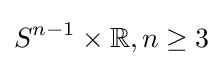
S^{n-1}\times \mathbb {R} ,n\geq 3